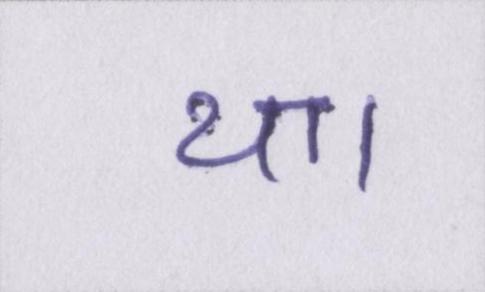
था।